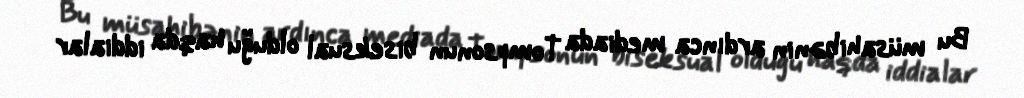
Bu müsahibənin ardınca mediada Tompsonun biseksual olduğu haqda iddialar